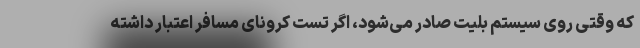
که وقتی روی سیستم بلیت صادر می‌شود، اگر تست کرونای مسافر اعتبار داشته